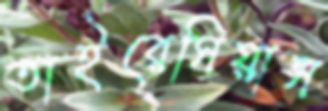
তাইরেসিয়াস